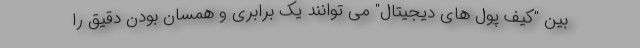
بین "کیف پول های دیجیتال" می توانند یک برابری و همسان بودن دقیق را